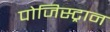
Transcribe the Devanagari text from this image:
पोजिस्ट्रान